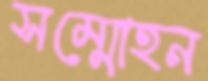
সম্মোহন